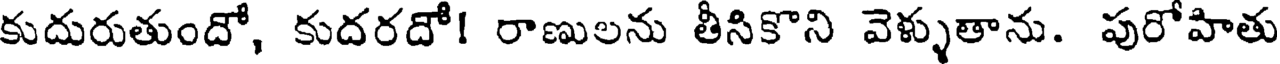
కుదురుతుందో, కుదరదో! రాణులను తీసికొని వెళ్ళుతాను. పురోహితు